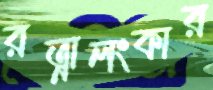
রত্নালংকার